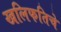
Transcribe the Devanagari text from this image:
खलिफतिचे